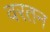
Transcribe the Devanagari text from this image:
वरतन